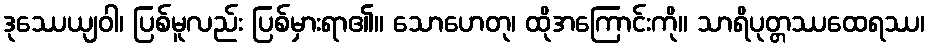
ဒုဿေယျဝါ၊ ပြစ်မူလည်း ပြစ်မှားရာ၏။ သောဟေတု၊ ထိုအကြောင်းကို။ သာရိပုတ္တဿထေရဿ၊